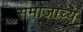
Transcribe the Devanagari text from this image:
समाजाच्य